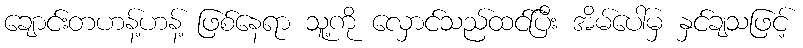
ချောင်းတဟန့်ဟန့် ဖြစ်နေရာ သူ့ကို လှောင်သည်ထင်ပြီး အိမ်ပေါ်မှ နှင်ချသဖြင့်